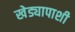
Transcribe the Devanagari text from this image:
खेड्यापाशी